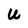
Character: U